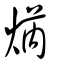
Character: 焫